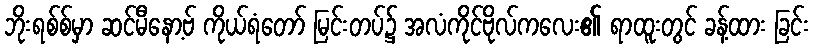
ဘိုးရစ်စ်မှာ ဆင်မီနော့ဗ် ကိုယ်ရံတော် မြင်းတပ်၌ အလံကိုင်ဗိုလ်ကလေး၏ ရာထူးတွင် ခန့်ထား ခြင်း